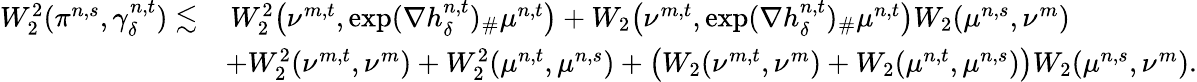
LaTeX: \begin{array}{rl}{W_{2}^{2}(\pi^{n,s},\gamma_{\delta}^{n,t})\lesssim}&{\, W_{2}^{2}\big(\nu^{m,t},\exp(\nabla h_{\delta}^{n,t})_{\# }\mu^{n,t}\big)+W_{2}\big(\nu^{m,t},\exp(\nabla h_{\delta}^{n,t})_{\# }\mu^{n,t}\big)W_{2}(\mu^{n,s},\nu^{m})}\\ &{+W_{2}^{2}(\nu^{m,t},\nu^{m})+W_{2}^{2}(\mu^{n,t},\mu^{n,s})+\big(W_{2}(\nu^{m,t},\nu^{m})+W_{2}(\mu^{n,t},\mu^{n,s})\big)W_{2}(\mu^{n,s},\nu^{m}).}\end{array}